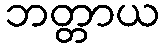
ဘတ္တာယ